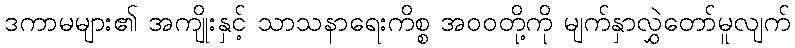
ဒကာမများ၏ အကျိုးနှင့် သာသနာရေးကိစ္စ အဝဝတို့ကို မျက်နှာလွှဲတော်မူလျက်